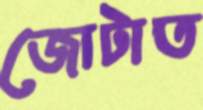
জোটাত